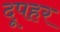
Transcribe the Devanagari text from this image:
दूपहर